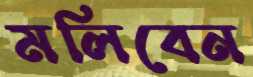
মলিবেন